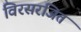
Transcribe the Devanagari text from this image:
विरसरजित